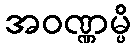
အဝဏ္ဏမ္ပိ